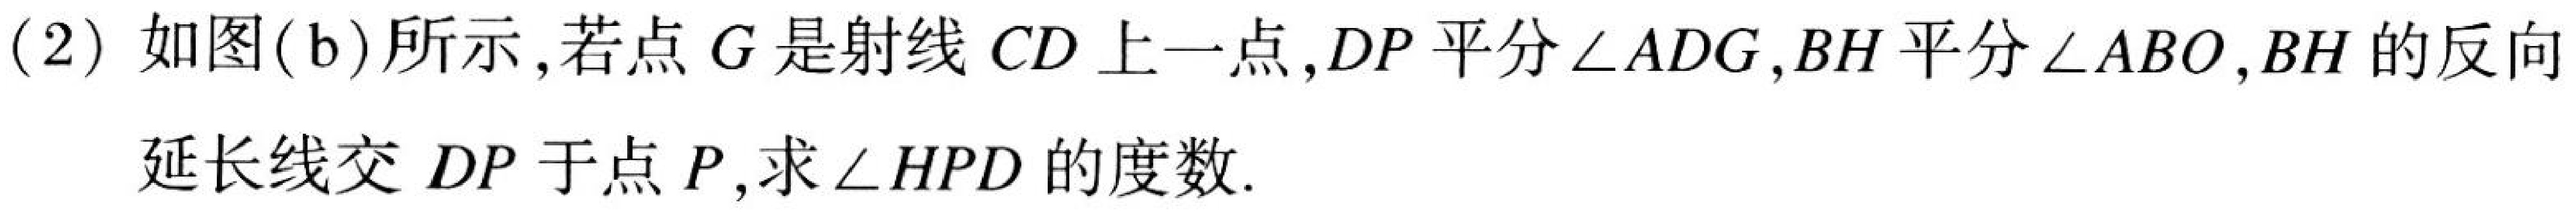
(2) 如图(b)所示,若点 \(G\) 是射线 \(CD\) 上一点, \(DP\) 平分\(\angle ADG\), \(BH\) 平分\(\angle ABO\), \(BH\)的反向延长线交 \(DP\) 于点 \(P\),求\(\angle HPD\) 的度数.